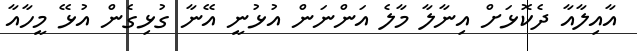
އާއިލާއާ ދެކޮޅަށް އިނާލާ މާލެ އަންނަން އުޅުނީ އޭނާ ގުޅިގެން އުޅޭ މީހާއާ